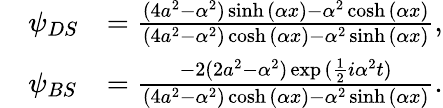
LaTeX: \begin{array}{rlr}&{\psi_{DS}}&{=\frac{(4a^{2}-\alpha^{2})\sinh{(\alpha x)}-\alpha^{2}\cosh{(\alpha x)}}{(4a^{2}-\alpha^{2})\cosh{(\alpha x)}-\alpha^{2}\sinh{(\alpha x)}},}\\ &{\psi_{BS}}&{=\frac{-2(2a^{2}-\alpha^{2})\exp{(\frac{1}{2}i\alpha^{2}t})}{(4a^{2}-\alpha^{2})\cosh{(\alpha x)}-\alpha^{2}\sinh{(\alpha x)}}.}\end{array}